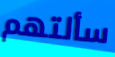
سألتهم